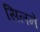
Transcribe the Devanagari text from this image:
सिलने